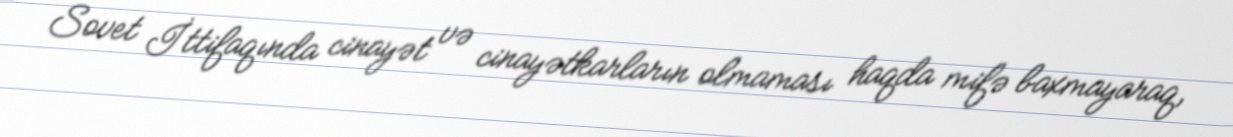
Sovet İttifaqında cinayət və cinayətkarların olmaması haqda mifə baxmayaraq,